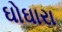
ઘોઘારા